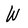
Character: W